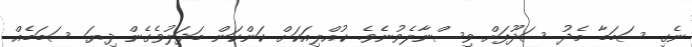
ނެގި ސަބަބާ މެދު ސަދޫފަށް ވިސްނާލެވުނެވެ. ކުއްލިއަކަށް ކަންކަން ބަދަލުވެގެން ދިޔަ ސަބަބެއް